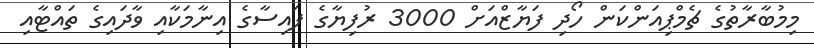
މިމުބާރާތުގެ ޗެމްޕިއަންކަން ހޯދި ފަޔާޒްއަށް 3000 ރުފިޔާގެ ފައިސާގެ އިނާމަކާއި ވާދައިގެ ތައްޓާއި